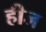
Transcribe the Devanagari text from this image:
हीज